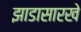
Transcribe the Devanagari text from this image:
झाडासारखे